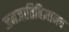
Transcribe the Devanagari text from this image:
जनजातिविज्ञानच